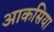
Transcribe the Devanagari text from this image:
आकसिया